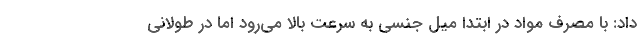
داد: با مصرف مواد در ابتدا میل جنسی به سرعت بالا می‌رود اما در طولانی